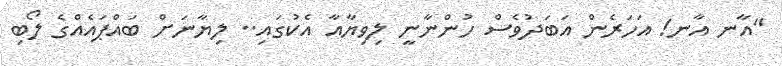
"އާނ އާނ! އަހަރެން އަބަދުވެސް ހުންނާނީ ލިވިޔާއާ އެކުގައި.. ލިޔާނަށް ބައްޕައެއްގެ ލޯބި